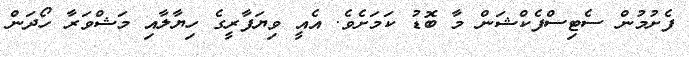
ފެށުމުން ސެޓިސްފެކްޝަން މާ ބޮޑު ކަމަށެވެ. އެއީ ވިޔަފާރީގެ ހިޔާލާއި މަޝްވަރާ ހޯދަން